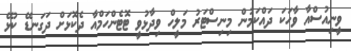
ވީނިއުސްއާ ވާހަކަ ދައްކަމުން މިނިސްޓަރު މަލީހް ވިދާޅުވީ ޓޮޓެންހަމްއާ ދެކޮޅަށް ދަގަނޑޭ ކުޅޭ